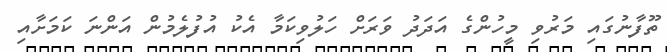
ތޫފާނުގައި މަރުވި މީހުންގެ އަދަދު ވަރަށް ހަލުވިކަމާ އެކު އުފުލެމުން އަންނަ ކަމަށާއި